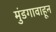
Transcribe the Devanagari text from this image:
मुंडगावाहून